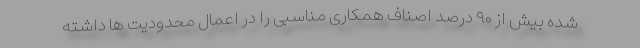
شده بیش از ۹۰ درصد اصناف همکاری مناسبی را در اعمال محدودیت ها داشته